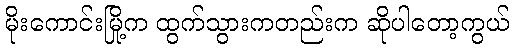
မိုးကောင်းမြို့က ထွက်သွားကတည်းက ဆိုပါတော့ကွယ်